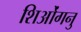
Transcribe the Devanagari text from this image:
शिओंगनु